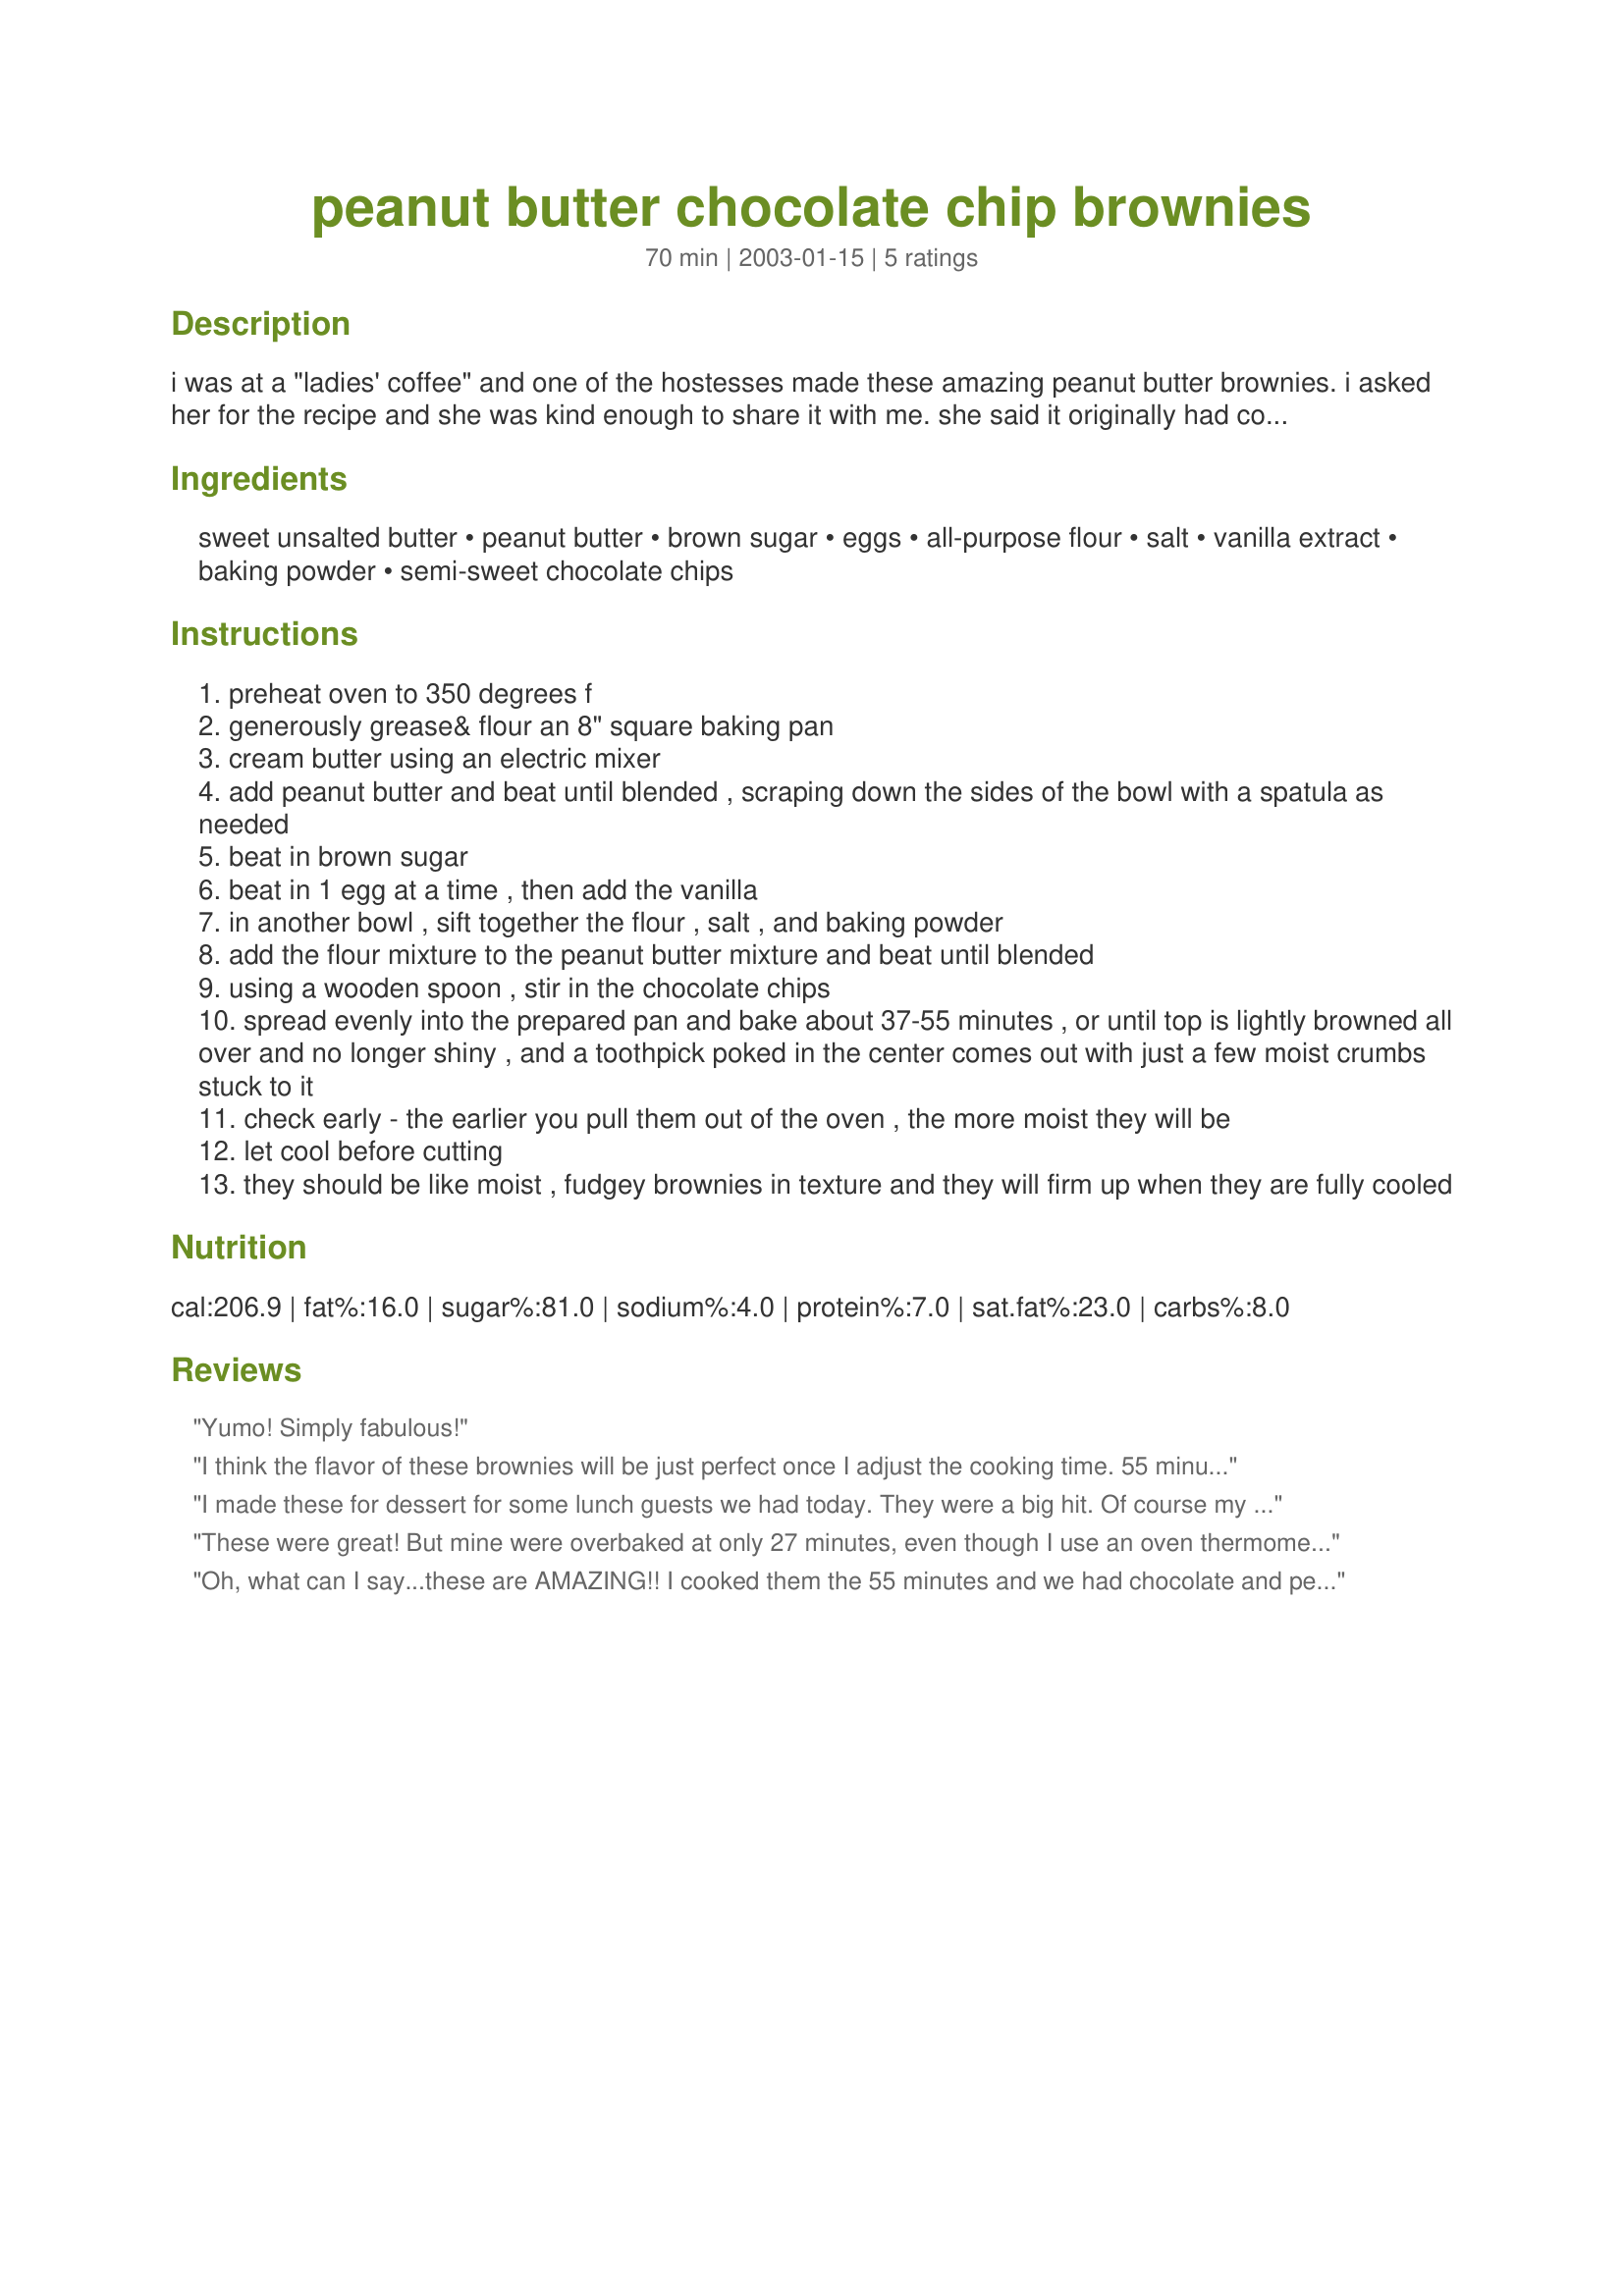
peanut butter chocolate chip brownies
Preparation time: 70 minutes

i was at a "ladies' coffee" and one of the hostesses made these amazing peanut butter brownies. i asked her for the recipe and she was kind enough to share it with me. she said it originally had come from an issue of bon appetit magazine. she cut these into 25 very tiny cubes,because they are quite rich. you can cut them as large or small as you like- i generally get 16 small brownies out of one batch.

Ingredients:
sweet unsalted butter, peanut butter, brown sugar, eggs, all-purpose flour, salt, vanilla extract, baking powder, semi-sweet chocolate chips

Steps:
preheat oven to 350 degrees f
generously grease& flour an 8" square baking pan
cream butter using an electric mixer
add peanut butter and beat until blended , scraping down the sides of the bowl with a spatula as needed
beat in brown sugar
beat in 1 egg at a time , then add the vanilla
in another bowl , sift together the flour , salt , and baking powder
add the flour mixture to the peanut butter mixture and beat until blended
using a wooden spoon , stir in the chocolate chips
spread evenly into the prepared pan and bake about 37-55 minutes , or until top is lightly browned all over and no longer shiny , and a toothpick poked in the center comes out with just a few moist crumbs stuck to it
check early - the earlier you pull them out of the oven , the more moist they will be
let cool before cutting
they should be like moist , fudgey brownies in texture and they will firm up when they are fully cooled

Reviews:
Yumo! Simply fabulous!
I think the flavor of these brownies will be just perfect once I adjust the cooking time. 55 minutes was WAY off for my oven! I checked them at 40 minutes and they were overdone! I will try 30 minutes next time and see what happens.
I made these for dessert for some lunch guests we had today. They were a big hit. Of course my family loves anything with the peanut butter and chocolate combination. I did make one change. I always find that when I put chocolate chips in a cake type recipe they sink to the bottom so instead I melted the chocolate chips and swirled them into the batter. These looked really pretty and tasted great too!
These were great! But mine were overbaked at only 27 minutes, even though I use an oven thermometer. When I saw that the testing knife was clean as a whistle on the first try, I took out the pan and immediately put it into freezer to stop the cooking ASAP. I think this helped to retain some moisture and they were super good! I&#039;ll definitely try again and test at 20 minutes or so. Thanks for posting!
Oh, what can I say...these are AMAZING!! I cooked them the 55 minutes and we had chocolate and peanut butter nirvana happening! Even with the first batch I undercooked, we mixed it in with vanilla ice cream and made our own cookie dough ice cream! Now the family can't decide which way they want me to make these again! They just say I MUST make them again! Thanks HeatherFeather..these are so, so good!
